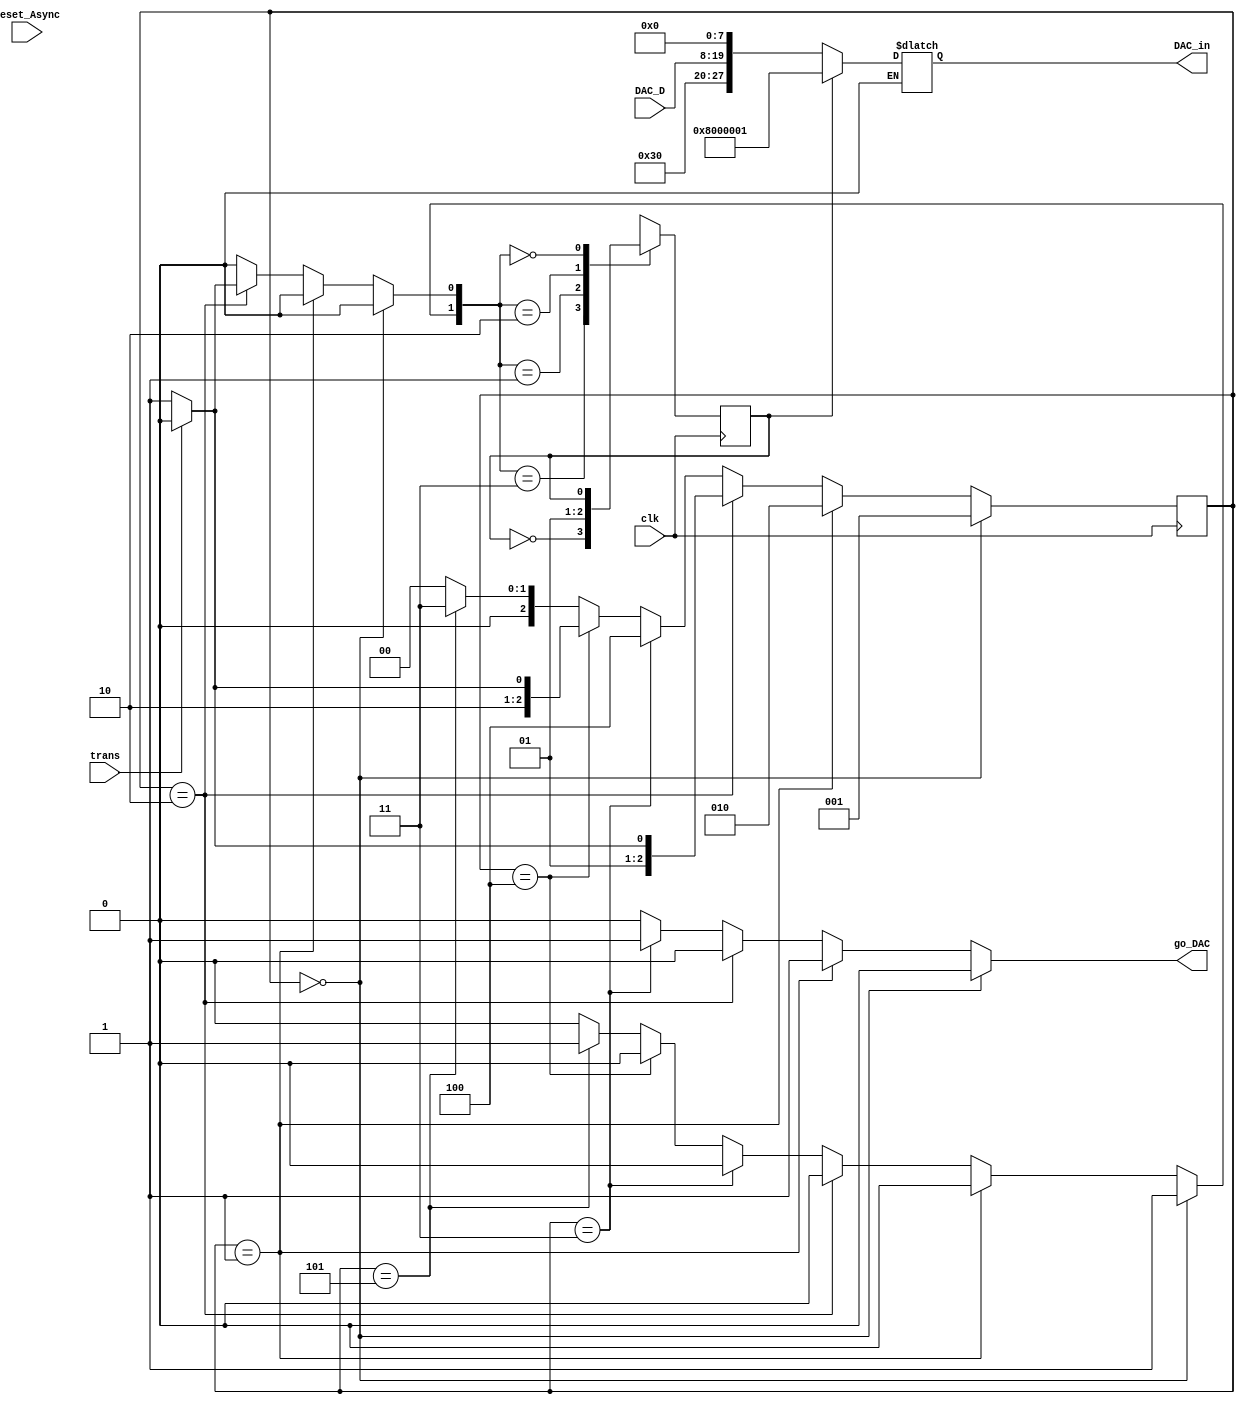
`timescale 1ns / 1ps

module DAC_Controller(
    input [11:0] DAC_D,
    input clk,
    input trans,
    input reset_Async,
    output reg [27:0] DAC_in,
    output reg go_DAC
    );
    reg s;
    reg C0,C1;
    reg [2:0] state_next,state_reg;
    reg [2:0] S0 = 0, S1 = 1, S2 = 2, S3 = 3, S4 = 4, S5 = 5;
    
    //JK
    always@(posedge clk)
    begin
        case({C0,C1})
            2'b11: s <= ~ s;
            2'b01: s <= 0;
            2'b10: s <= 1;
            2'b00: s <= s;
        endcase
    end
    
    //Mux
    always@*
    begin
        if(s)
            DAC_in = {4'd8,4'd0,12'd0,8'd1};
        else if(s == 0)
            DAC_in = {4'd3,4'd0,DAC_D,8'd0};
    end
    
    //FSM
    always@(posedge clk)
    begin
        state_reg <= state_next;
    end
    
    always@*
    begin
    state_next = state_reg;
        if(reset_Async)
        begin
            go_DAC = 0; C1 = 0; C0 = 0;
            state_next = S0;
        end
        case(state_reg)
            S0:
            begin
                go_DAC = 0; C1 = 0; C0 = 1;
                state_next = S1;
            end
            S1:
            begin
                go_DAC = 1; C1 = 0; C0 = 0;
                state_next = S2;
            end
            S2:
            begin
                if(trans)
                begin
                    go_DAC = 0; C1 = 0; C0 = 0;
                    state_next = S2;
                end
                else
                begin
                    go_DAC = 0; C1 = 1; C0 = 0;
                    state_next = S3;
                end
            end
            S3:
            begin
                go_DAC = 1; C1 = 0; C0 = 0;
                state_next = S4;
            end
            S4:
            begin
                if(trans)
                begin
                    go_DAC = 0; C1 = 0; C0 = 0;
                    state_next = S4;
                end
                else
                begin
                    go_DAC = 0; C1 = 0; C0 = 0;
                    state_next = S5;
                end
            end
            S5:
            begin
                go_DAC = 0; C1 = 0; C0 = 1;
                state_next = S3;
            end
            default:
            begin
                go_DAC = 0; C1 = 0; C0 = 0;
                state_next = S0;
            end
        endcase
    end
    
endmodule


/*`timescale 1ns / 1ps

module controllerDAC(

input clk,

reset_Async,

transmitting,

input [11:0] DAC_D,

output go_DAC,

output [27:0] DAC_in

);

localparam [2:0] s0=0,

s1=1,

s2=2,

s3=3,

s4=4,

s5=5;

reg [2:0] presState=0;

reg [2:0] c;

// state machine =================================

always @(posedge clk)

begin

if(reset_Async)

begin

presState<=s0;

c<=3'b000;

end // end IF reset_Async

else

case(presState)

s0:

begin

presState<=s1;

c<=3'b001;

end // end STATE 0

s1:

begin

presState<=s2;

c<=3'b100;

end // end STATE1

s2:

begin

if(transmitting)

c<=3'b000; // end IF transmitting

else

begin

presState<=s3;

c<=3'b010;

end // end ELSE transmitting

end

s3:

begin

presState<=s4;

c<=3'b100;

end // end STATE 3

s4:

begin

c<=3'b000;

if(!transmitting)

presState<=s5; // end IF !transmitting

end // end STATE 4

s5:

begin

presState<=s3;

c<=3'b000;

end // end STATE 5

default:

begin

presState<=s0;

c<=3'b000;

end // end DEFAULT

endcase // end STATE MACHINE case

end // end STATE MACHINE

wire [1:0] jk;

reg jkq;

// jk-flip flop =================================

assign jk[1]=c[0];

assign jk[0]=c[1];

always @(posedge clk)

case(jk)

0: jkq<=jkq; // hold

1: jkq<=0; // reset

2: jkq<=1; // set

3: jkq<=~jkq; // toggle

default: jkq<=0; // default

endcase // end jk-flip flop

wire [27:0] i0, i1;

// mux =================================

assign i1={4'd8, 4'd0, 12'd0, 8'd1};

assign i0={4'd3, 4'd0, DAC_D, 8'd0};

assign DAC_in=(jkq)?i1:i0;

assign go_DAC=c[2];

endmodule



*/